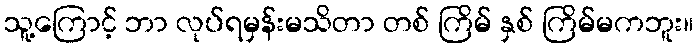
သူ့ကြောင့် ဘာ လုပ်ရမှန်းမသိတာ တစ် ကြိမ် နှစ် ကြိမ်မကဘူး။